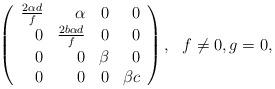
LaTeX: \begin{align*}\begin{array}{l} \left(\begin{array}{rrrr}\frac{2\alpha d}{f} & \alpha & 0 &0 \\ 0 & \frac{2b\alpha d}{f} & 0& 0 \\ 0& 0 &\beta &0\\ 0&0&0&\beta c\end{array}\right), ~~f\neq 0, g= 0,\end{array} \end{align*}